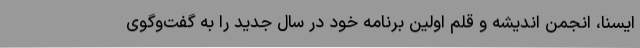
ایسنا، انجمن اندیشه و قلم اولین برنامه خود در سال جدید را به گفت‌وگوی